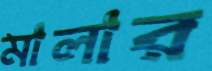
মালার